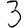
Digit: 3